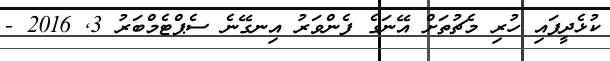
ކުޅެދީފައި ހުރި މެޗުތަށް އޭނަގެ ފެންވަރު އިނގޭނެ ސެޕްޓެމްބަރު 3